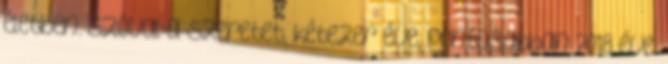
életben. Szóval a szeretet, kétezer éve, pontosabban 2018 éve: